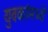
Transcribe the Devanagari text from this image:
युवकांमध्ये